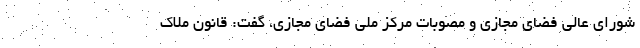
شورای عالی فضای مجازی و مصوبات مرکز ملی فضای مجازی، گفت: قانون ملاک